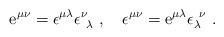
LaTeX: \begin{align*}\mbox{\rm e}^{\mu\nu}=\epsilon^{\mu\lambda}\epsilon^\nu_{\ \lambda}\ ,\quad\epsilon^{\mu\nu}=\mbox{\rm e}^{\mu\lambda}\epsilon_\lambda^{\ \nu}\ .\end{align*}